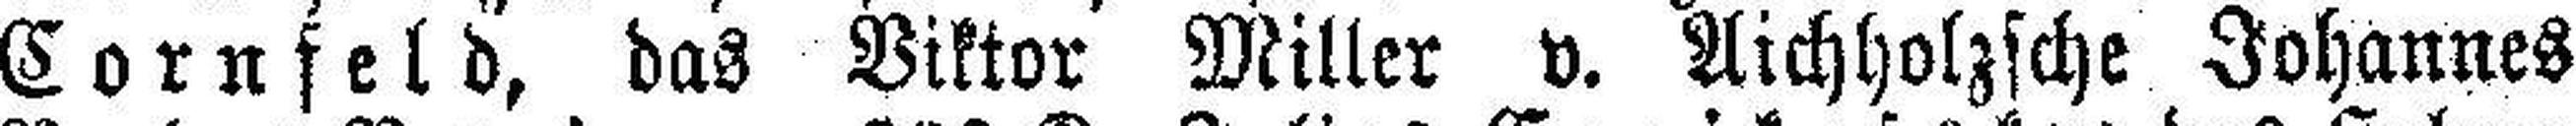
Cornfeld, das Viktor Miller v. Aichholzsche Johannes